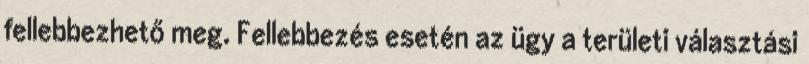
fellebbezhető meg. Fellebbezés esetén az ügy a területi választási